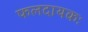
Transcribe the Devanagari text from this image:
फलदायकः